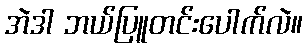
အဲဒါ ဘယ်ပြူတင်းပေါက်လဲ။